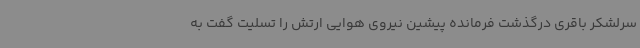
سرلشکر باقری درگذشت فرمانده پیشین نیروی هوایی ارتش را تسلیت گفت به